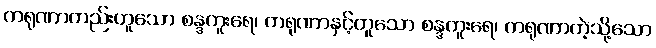
ကရုဏာတည်းဟူသော စန္ဒကူးရေ၊ ကရုဏာနှင့်တူသော စန္ဒကူးရေ၊ ကရုဏာကဲ့သို့သော